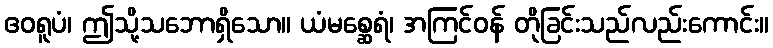
ဧဝရူပံ၊ ဤသို့သဘောရှိသော။ ယံမစ္ဆေရံ၊ အကြင်ဝန် တိုခြင်းသည်လည်းကောင်း။